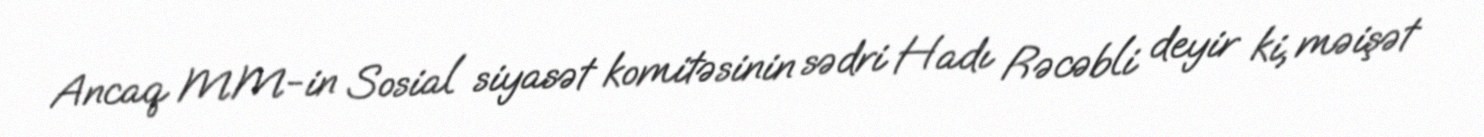
Ancaq MM-in Sosial siyasət komitəsinin sədri Hadı Rəcəbli deyir ki, məişət